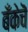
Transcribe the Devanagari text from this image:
बँकेचॆ